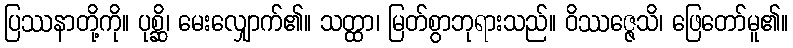
ပြဿနာတို့ကို။ ပုစ္ဆိ၊ မေးလျှောက်၏။ သတ္ထာ၊ မြတ်စွာဘုရားသည်။ ဝိဿဇ္ဇေသိ၊ ဖြေတော်မူ၏။